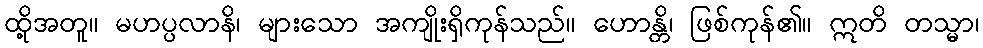
ထို့အတူ။ မဟပ္ပလာနိ၊ များသော အကျိုးရှိကုန်သည်။ ဟောန္တိ၊ ဖြစ်ကုန်၏။ ဣတိ တသ္မာ၊